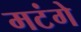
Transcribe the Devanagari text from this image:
मटंगे